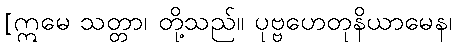
[ဣမေ သတ္တာ၊ တို့သည်။ ပုဗ္ဗဟေတုနိယာမေန၊